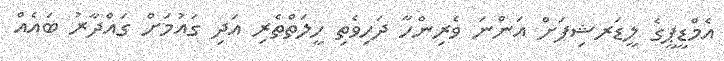
އެމްޑީޕީގެ ލީޑަރޝިޕަށް އަންނަ ވެރިންހާ ދަހިވެތި ހީލަތްތެރި އަދި ގައުމަށް ގައްދާރު ބައެއް